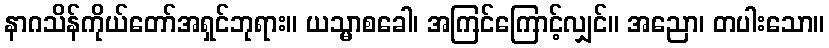
နာဂသိန်ကိုယ်တော်အရှင်ဘုရား။ ယသ္မာစခေါ၊ အကြင်ကြောင့်လျှင်။ အညော၊ တပါးသော။